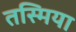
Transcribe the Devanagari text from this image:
तस्मिया